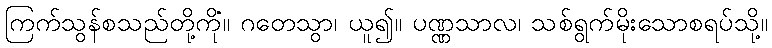
ကြက်သွန်စသည်တို့ကို။ ဂတေသွာ၊ ယူ၍။ ပဏ္ဏသာလံ၊ သစ်ရွက်မိုးသောစရပ်သို့။